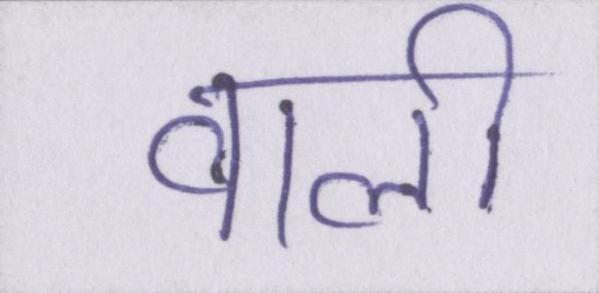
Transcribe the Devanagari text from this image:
वाली